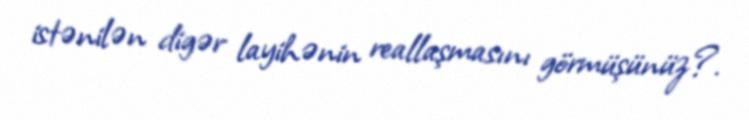
istənilən digər layihənin reallaşmasını görmüşünüz?.